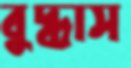
বুদ্ধাস